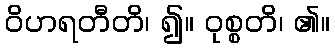
ဝိဟရတီတိ၊ ၍။ ဝုစ္စတိ၊ ၏။